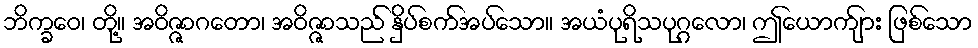
ဘိက္ခဝေ၊ တို့။ အဝိဇ္ဇာဂတော၊ အဝိဇ္ဇာသည် နှိပ်စက်အပ်သော။ အယံပုရိသပုဂ္ဂလော၊ ဤယောက်ျား ဖြစ်သော